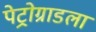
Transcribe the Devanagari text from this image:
पेट्रोग्राडला